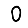
Digit: 0